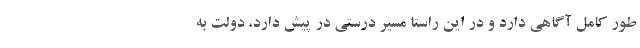
طور کامل آگاهی دارد و در این راستا مسیر درستی در پیش دارد، دولت به